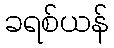
ခရစ်ယန်